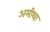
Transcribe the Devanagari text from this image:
अमीथा